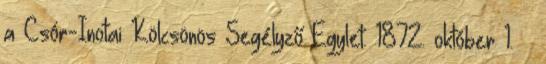
a Csór-Inotai Kölcsönös Segélyző Egylet. 1872. október 1. –